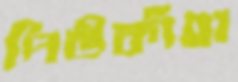
পিউকাঁহা